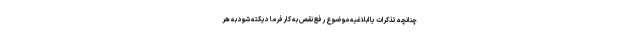
چنانچه تذکرات یا ابلاغیه موضوع رفع نقص به کارفرما دیکته شود به هر